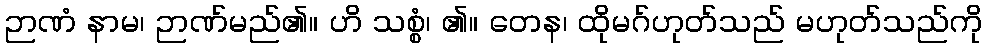
ဉာဏံ နာမ၊ ဉာဏ်မည်၏။ ဟိ သစ္စံ၊ ၏။ တေန၊ ထိုမဂ်ဟုတ်သည် မဟုတ်သည်ကို